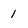
Character: 1